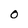
Character: 0